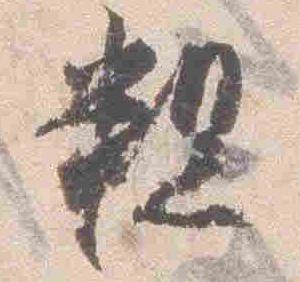
粗